Lunatic asylums Central Provinces reports 1895-1909 - 1895-1909
Year: 1895
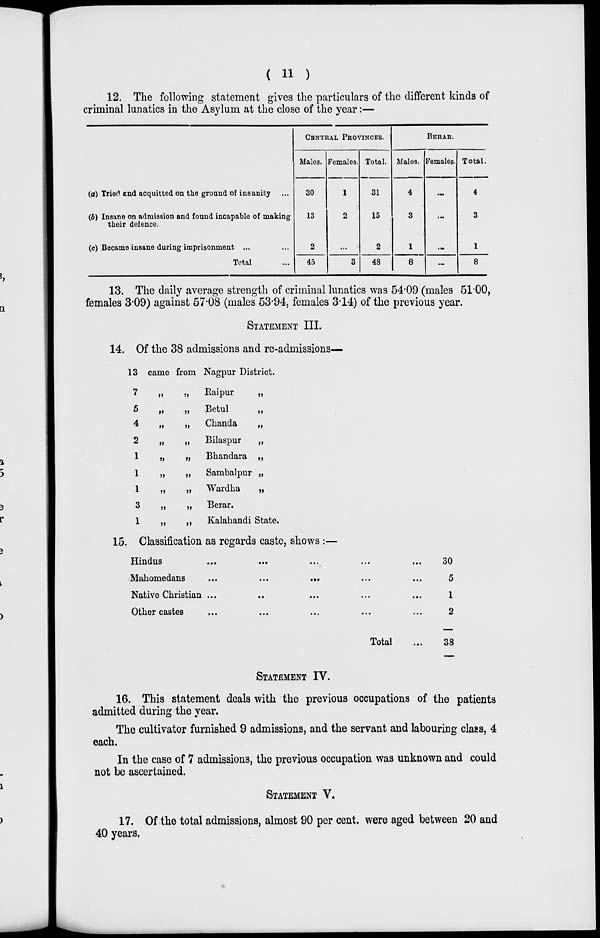
( 11 )
12. The following statement gives the particulars of the different kinds of
criminal lunatics in the Asylum at the close of the year:—
(a) Tried end acquitted on the ground of insanity ...
(b) Insane on admission and found incapable of making
their defence.
(c) Became insane during imprisonment ...
Total ...
CENTRAL PROVINCES.
Males.
30
13
2
45
Females.
1
2
...
3
Total.
31
15
2
48
BERAR.
Males.
4
3
1
8
Females.
...
...
...
...
Total.
4
3
1
8
13. The daily average strength of criminal lunatics was 54.09 (males 51.00,
females 3.09) against 57.08 (males 53.94, females 3.14) of the previous year.
STATEMENT III.
14. Of the 38 admissions and re-admissions—
13 came from
7 „ „
5
„
„
4
„
„
2
„
„
1 „ „
1
„
„
1
„
„
3
„
„
1 „ „
Nagpur District.
Raipur
„
Betul
„
Chanda
„
Bilaspur
„
Bhandara „
Sambalpur „
Wardha
„
Berar.
Kalahandi State.
15. Classification as regards caste, shows :—
Hindus ... ... ... ... ...
Mahomedans
...
...
...
...
Native Christian ... ... ... ...
Other castes
...
...
...
...
...
Total ...
30
5
1
2
38
STATEMENT IV.
16. This statement deals with the previous occupations of the patients
admitted during the year.
The cultivator furnished 9 admissions, and the servant and labouring class, 4
each.
In the case of 7 admissions, the previous occupation was unknown and could
not be ascertained.
STATEMENT V.
17. Of the total admissions, almost 90 per cent. were aged between 20 and
40 years.